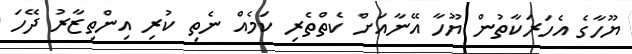
ޔޫހާގެ އެހަރަކާތުން ޔޫހާ އޭނާއަށް ކެތްތެރި ކަމެއް ނެތި ކުރި އިންތިޒާރު ދޭހަ